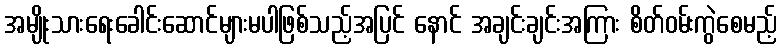
အမျိုးသားရေးခေါင်းဆောင်များမပါဖြစ်သည့်အပြင် နောင် အချင်းချင်းအကြား စိတ်ဝမ်းကွဲစေမည့်